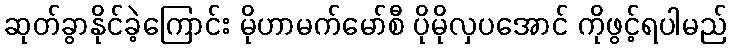
ဆုတ်ခွာနိုင်ခဲ့ကြောင်း မိုဟာမက်မော်စီ ပိုမိုလှပအောင် ကိုဖွင့်ရပါမည်